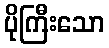
ပိုကြီးသော